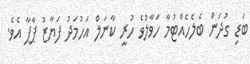
ބަޑި ގުދަން ބެލެހެއްޓުމާ ހަވާލުވެ ހުރީ ކާނަލް އަހުމަދު ފަޔާޒު ޕާޕާ އެވެ.